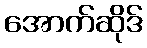
အောက်ဆိုဒ်